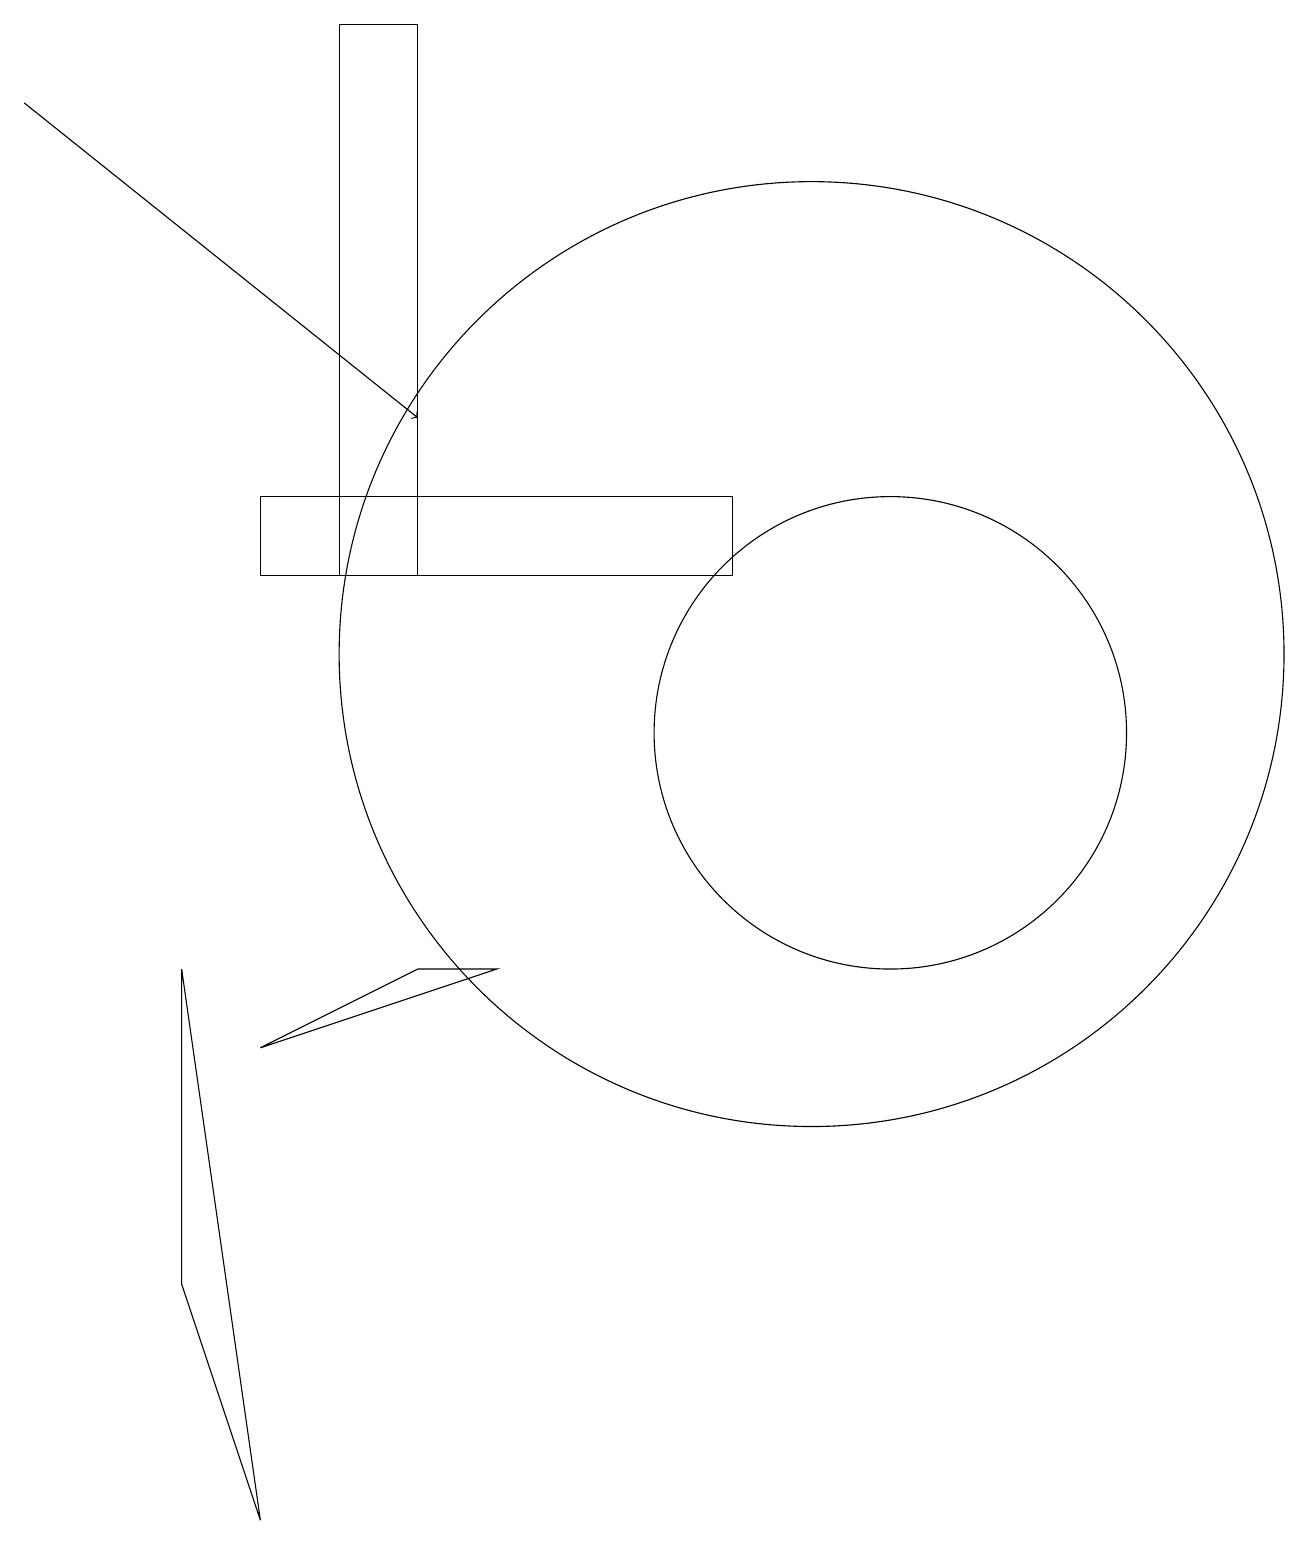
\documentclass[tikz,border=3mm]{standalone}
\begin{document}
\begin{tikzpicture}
\draw (11,10) circle (3);
\draw (2,7) -- (2,3) -- (3,0) -- cycle;
\draw (9,13) rectangle (3,12);
\draw (4,18) rectangle (4,19);
\draw (4,12) rectangle (5,19);
\draw (5,7) -- (3,6) -- (6,7) -- cycle;
\draw[->] (0,18) -- (5,14);
\draw (10,11) circle (6);
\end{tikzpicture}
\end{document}